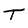
Character: T